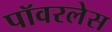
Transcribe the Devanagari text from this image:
पॉवरलेस